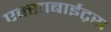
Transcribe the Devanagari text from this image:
एक्साबाईट्स